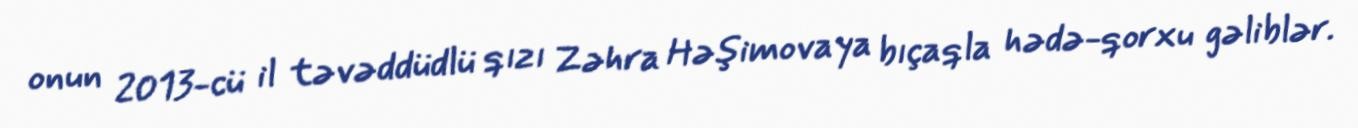
onun 2013-cü il təvəddüdlü qızı Zəhra Həşimovaya bıçaqla hədə-qorxu gəliblər.